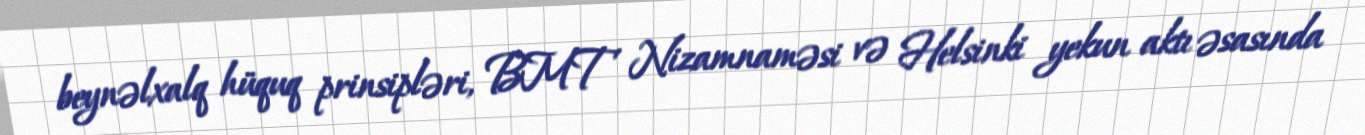
beynəlxalq hüquq prinsipləri, BMT Nizamnaməsi və Helsinki yekun aktı əsasında